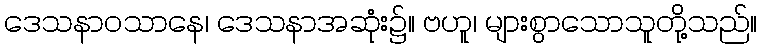
ဒေသနာဝသာနေ၊ ဒေသနာအဆုံး၌။ ဗဟူ၊ များစွာသောသူတို့သည်။